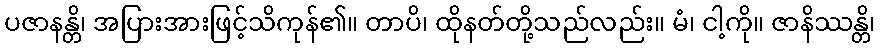
ပဇာနန္တိ၊ အပြားအားဖြင့်သိကုန်၏။ တာပိ၊ ထိုနတ်တို့သည်လည်း။ မံ၊ ငါ့ကို။ ဇာနိဿန္တိ၊